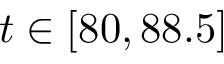
t \in [ 8 0 , 8 8 . 5 ]